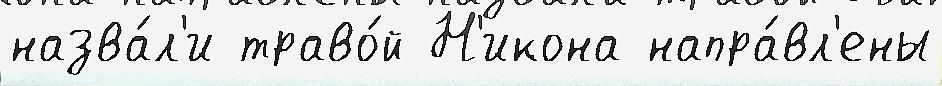
назва́л'и траво́й Н'икона напра́вл'ены